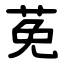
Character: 莬